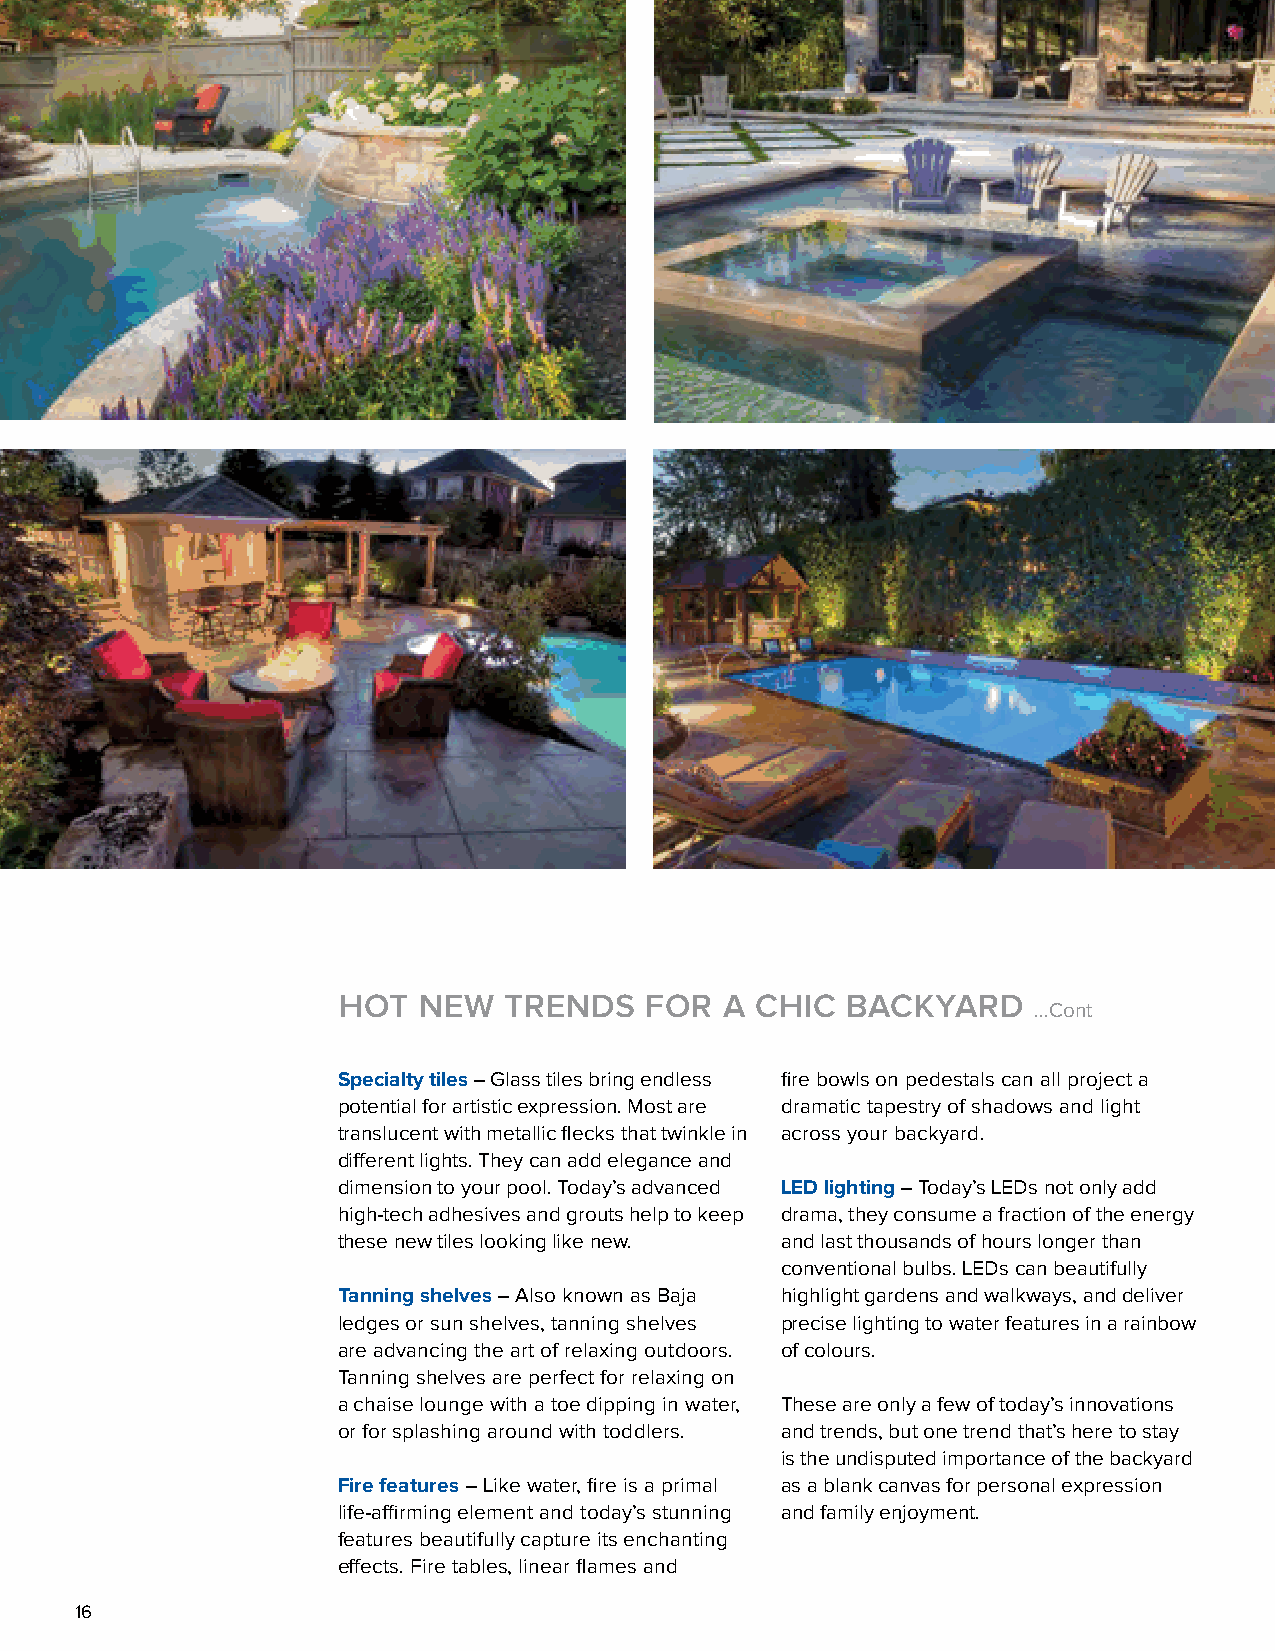
HOT   NEW  TRENDS    FOR  A CHIC  BACKYARD
 ...Cont
 Specialty tiles – Glass tiles bring endless fire bowls on pedestals can all project a
 potential for artistic expression. Most are dramatic tapestry of shadows and light
 translucent with metallic flecks that twinkle in across your backyard.
 different lights. They can add elegance and
 dimension to your pool. Today’s advanced LED lighting – Today’s LEDs not only add
 high-tech adhesives and grouts help to keep drama, they consume a fraction of the energy
 these new tiles looking like new. and last thousands of hours longer than
 conventional bulbs. LEDs can beautifully
 Tanning shelves – Also known as Baja highlight gardens and walkways, and deliver
 ledges or sun shelves, tanning shelves precise lighting to water features in a rainbow
 are advancing the art of relaxing outdoors. of colours.
 Tanning shelves are perfect for relaxing on
 a chaise lounge with a toe dipping in water, These are only a few of today’s innovations
 or for splashing around with toddlers. and trends, but one trend that’s here to stay
 is the undisputed importance of the backyard
 Fire features – Like water, fire is a primal as a blank canvas for personal expression
 life-affirming element and today’s stunning and family enjoyment.
 features beautifully capture its enchanting
 effects. Fire tables, linear flames and
 16